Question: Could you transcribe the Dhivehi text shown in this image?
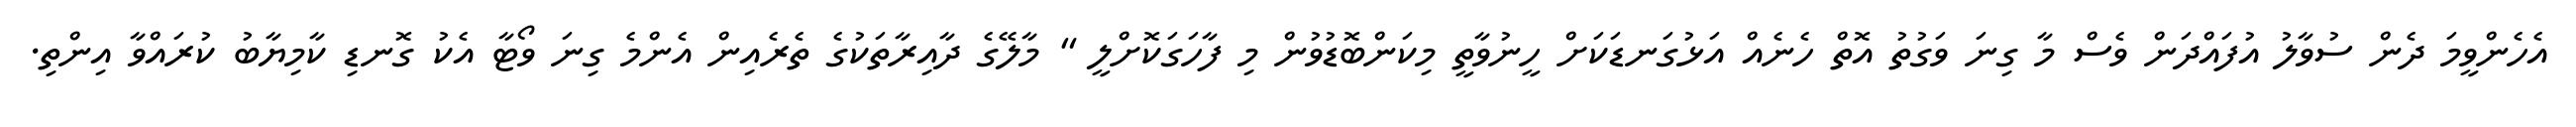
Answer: އެހެންވީމަ ދެން ސުވާލު އުފައްދަން ވެސް މާ ގިނަ ވަގުތު އޮތް ހެނެއް އަޅުގަނޑަކަށް ހީނުވާތީ މިކަންބޮޑުވުން މި ފާހަގަކޮށްލީ " މާލޭގެ ދާއިރާތަކުގެ ތެރެއިން އެންމެ ގިނަ ވޯޓާ އެކު ގޮނޑި ކާމިޔާބު ކުރައްވާ އިންތި.